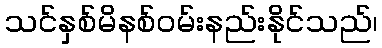
သင်နှစ်မိနစ်ဝမ်းနည်းနိုင်သည်၊